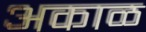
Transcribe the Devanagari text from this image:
अकाळ